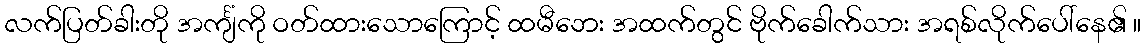
လက်ပြတ်ခါးတို အင်္ကျံကို ဝတ်ထားသောကြောင့် ထမီဘေး အထက်တွင် ဗိုက်ခေါက်သား အရစ်လိုက်ပေါ်နေ၏ ။